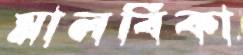
মালবিকা